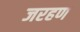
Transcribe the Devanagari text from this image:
जरहण